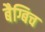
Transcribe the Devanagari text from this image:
बैग्बिच